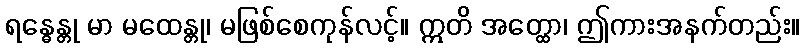
ရန္ဓေန္တု မာ မထေန္တု၊ မဖြစ်စေကုန်လင့်။ ဣတိ အတ္ထော၊ ဤကားအနက်တည်း။